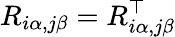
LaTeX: R_{i\alpha,j\beta}=R_{i\alpha,j\beta}^{\top}